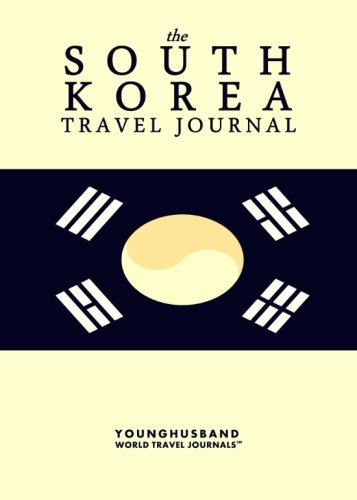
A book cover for The South Korea Travel Journal; Younghusband World Travel Journals; Travel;